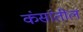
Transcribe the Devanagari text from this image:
कंसांतील